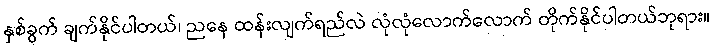
နှစ်ခွက် ချက်နိုင်ပါတယ်၊ ညနေ ထန်းလျက်ရည်လဲ လုံလုံလောက်လောက် တိုက်နိုင်ပါတယ်ဘုရား။